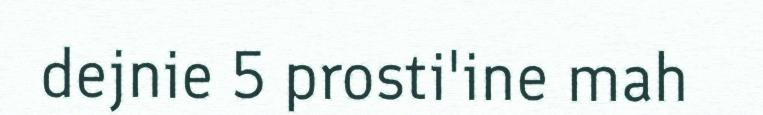
dejnie 5 prosti'ine mah